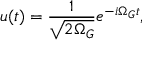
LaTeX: u ( t ) = \frac { 1 } { \sqrt { 2 \Omega _ { G } } } e ^ { - i \Omega _ { G } t } ,